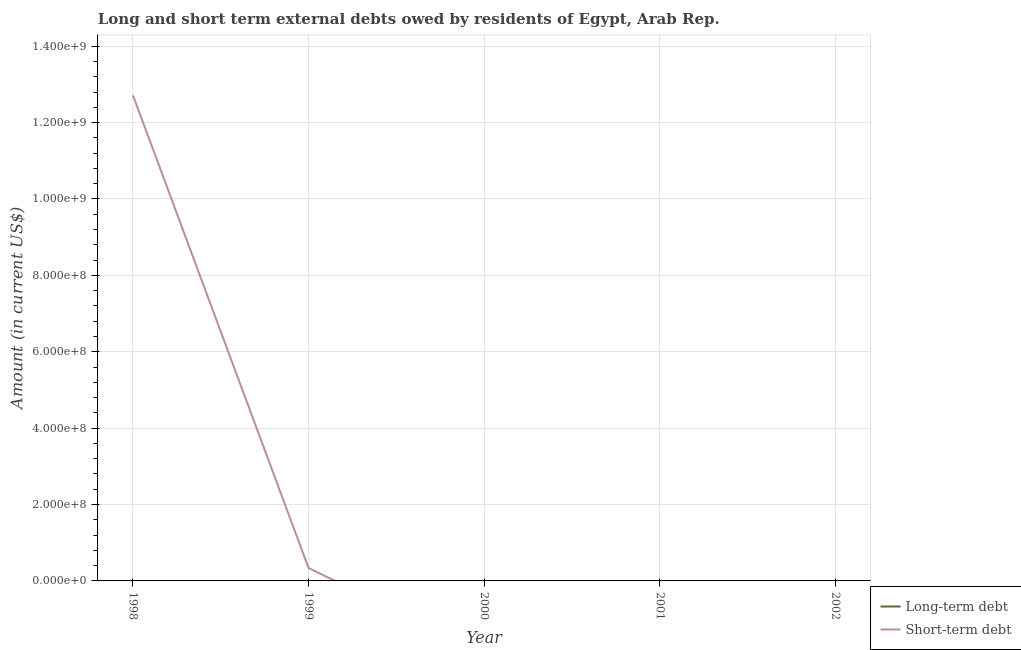
| Year | Long-term debt | Short-term debt |
 | --- | --- | --- |
 | 1998 | -2.1e+08 | 1.27e+09 |
 | 1999 | -6.21e+08 | 3.37e+07 |
 | 2000 | -5.28e+08 | -1.89e+08 |
 | 2001 | -6.36e+07 | -1.9e+09 |
 | 2002 | -6.64e+08 | -5.7e+07 |